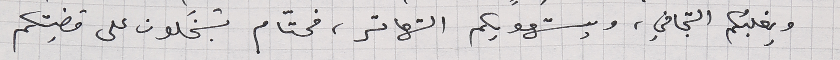
ويغلبُكم التجافي، ويستهويكم التهاتر، فحتّام تبخَلون على قضيتكم